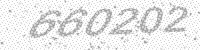
Solution: 660202